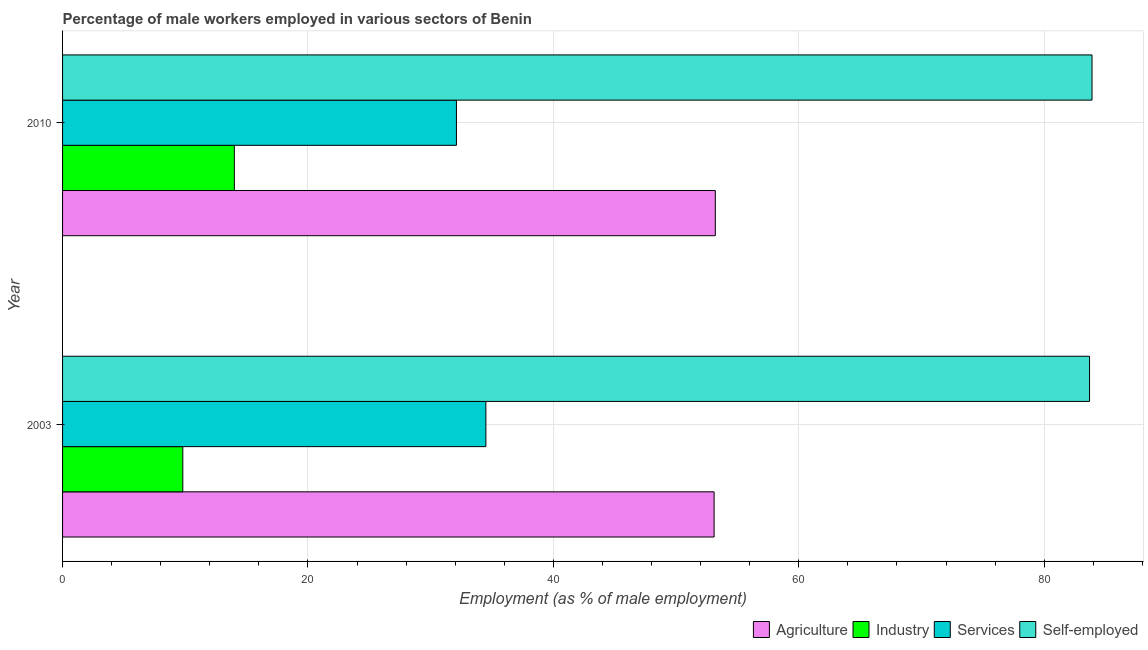
| Year | Agriculture | Industry | Services | Self-employed |
 | --- | --- | --- | --- | --- |
 | 2003 | 53.1 | 9.8 | 34.5 | 83.7 |
 | 2010 | 53.2 | 14 | 32.1 | 83.9 |